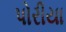
પોરીયા